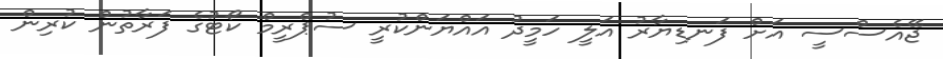
ޖޭއެސްސީ އަށް ފަނޑިޔާރު އަލީ ހަމީދު އައްޔަންކުރީ ސުޕްރީމް ކޯޓުގެ ފަރާތުން ކުރިން